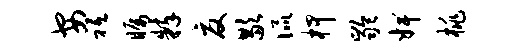
安祗瞩粹夏歇侃柙龄婢桃